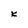
Character: K